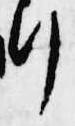
行